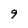
Character: 9